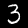
Label: 3